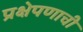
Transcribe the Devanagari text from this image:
प्रक्षेपणाची